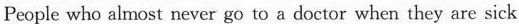
People who almost never go to a doctor when they are sick